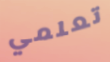
تعلمي